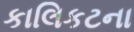
કાલિકટના